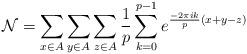
LaTeX: \begin{align*} \mathcal{N}=\sum_{x\in A}\sum_{y\in A}\sum_{z\in A}\frac{1}{p}\sum_{k=0}^{p-1} e^{\frac{-2\pi ik}{p}(x+y-z)} \end{align*}